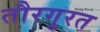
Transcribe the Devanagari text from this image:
तौरगुरत